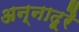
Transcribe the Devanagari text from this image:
अन्नादूरै